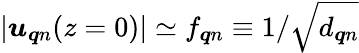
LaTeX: |\boldsymbol{u}_{\boldsymbol{q}n}(z=0)|\simeq f_{\boldsymbol{q}n}\equiv 1/\sqrt{d_{\boldsymbol{q}n}}